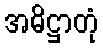
အဓိဋ္ဌာတုံ